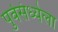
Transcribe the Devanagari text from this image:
पुर्वसंध्येला